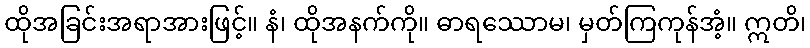
ထိုအခြင်းအရာအားဖြင့်။ နံ၊ ထိုအနက်ကို။ ဓာရဿောမ၊ မှတ်ကြကုန်အံ့။ ဣတိ၊